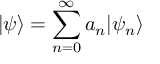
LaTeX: | \psi \rangle = \sum _ { n = 0 } ^ { \infty } a _ { n } | \psi _ { n } \rangle